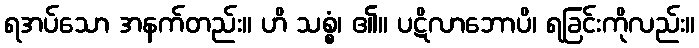
ရအပ်သော အနက်တည်း။ ဟိ သစ္စံ၊ ၏။ ပဋိလာဘောပိ၊ ရခြင်းကိုလည်း။